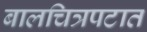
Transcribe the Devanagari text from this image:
बालचित्रपटात